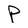
Character: P